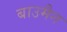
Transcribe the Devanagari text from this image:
बाउमैन